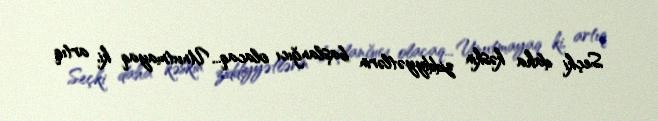
Seçki daha kəskin ziddiyyətlərin başlanğıcı olacaq... Unutmayaq ki, artıq